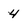
Character: 4